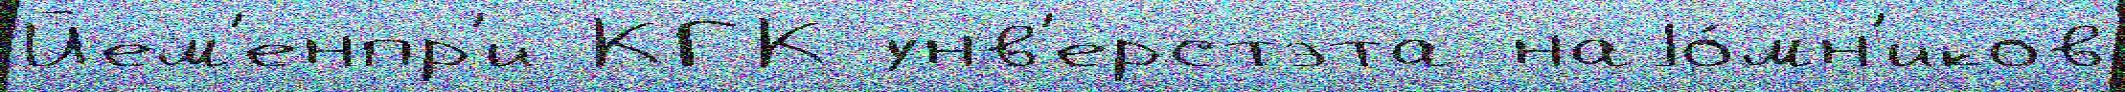
Йем'енпр'и КГК унв'ерстэта наjо́мн'иков